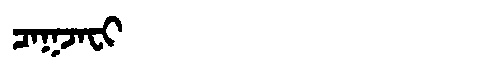
Manchu: ᠴᠠᡴᠵᠠᠸᡳ
Romanization: CAKJAFI